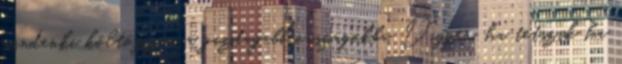
mindenki költözzön a gazdagabb országokba. Digger, ha tetszik ha